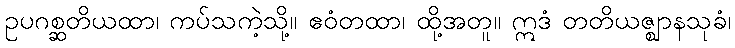
ဥပဂစ္ဆတိယထာ၊ ကပ်သကဲ့သို့။ ဧဝံတထာ၊ ထို့အတူ။ ဣဒံ တတိယဇ္ဈာနသုခံ၊